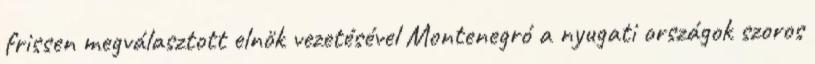
frissen megválasztott elnök vezetésével Montenegró a nyugati országok szoros